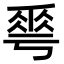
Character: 𠌶